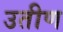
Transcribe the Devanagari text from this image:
उतीण